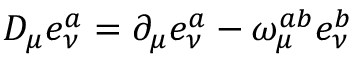
D _ { \mu } e _ { \nu } ^ { a } = \partial _ { \mu } e _ { \nu } ^ { a } - \omega _ { \mu } ^ { a b } e _ { \nu } ^ { b }